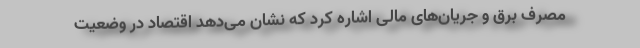
مصرف برق و جریان‌های مالی اشاره کرد که نشان می‌دهد اقتصاد در وضعیت